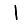
Digit: 1